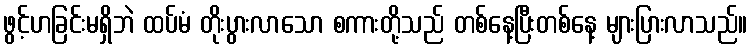
ဖွင့်ဟခြင်းမရှိဘဲ ထပ်မံ တိုးပွားလာသော စကားတို့သည် တစ်နေ့ပြီးတစ်နေ့ များပြားလာသည်။